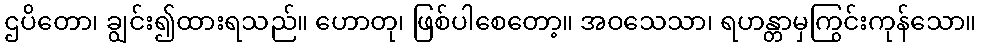
ဌပိတော၊ ချွင်း၍ထားရသည်။ ဟောတု၊ ဖြစ်ပါစေတော့။ အဝသေသာ၊ ရဟန္တာမှကြွင်းကုန်သော။